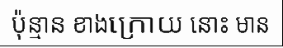
ប៉ុន្មាន ខាងក្រោយ នោះ មាន